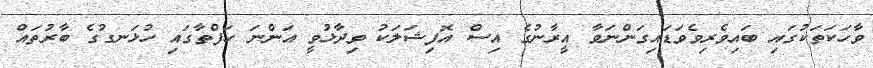
ވާހަކަތަކުގައި ބައިވެރިވެވަޑައިގަންނަވާ އީރާނުގެ އިސް އޮފިޝަލަކު ވިދާޅުވީ އަންނަ ހަފްތާގައި ހުޅަނގުގެ ބާރުތައް